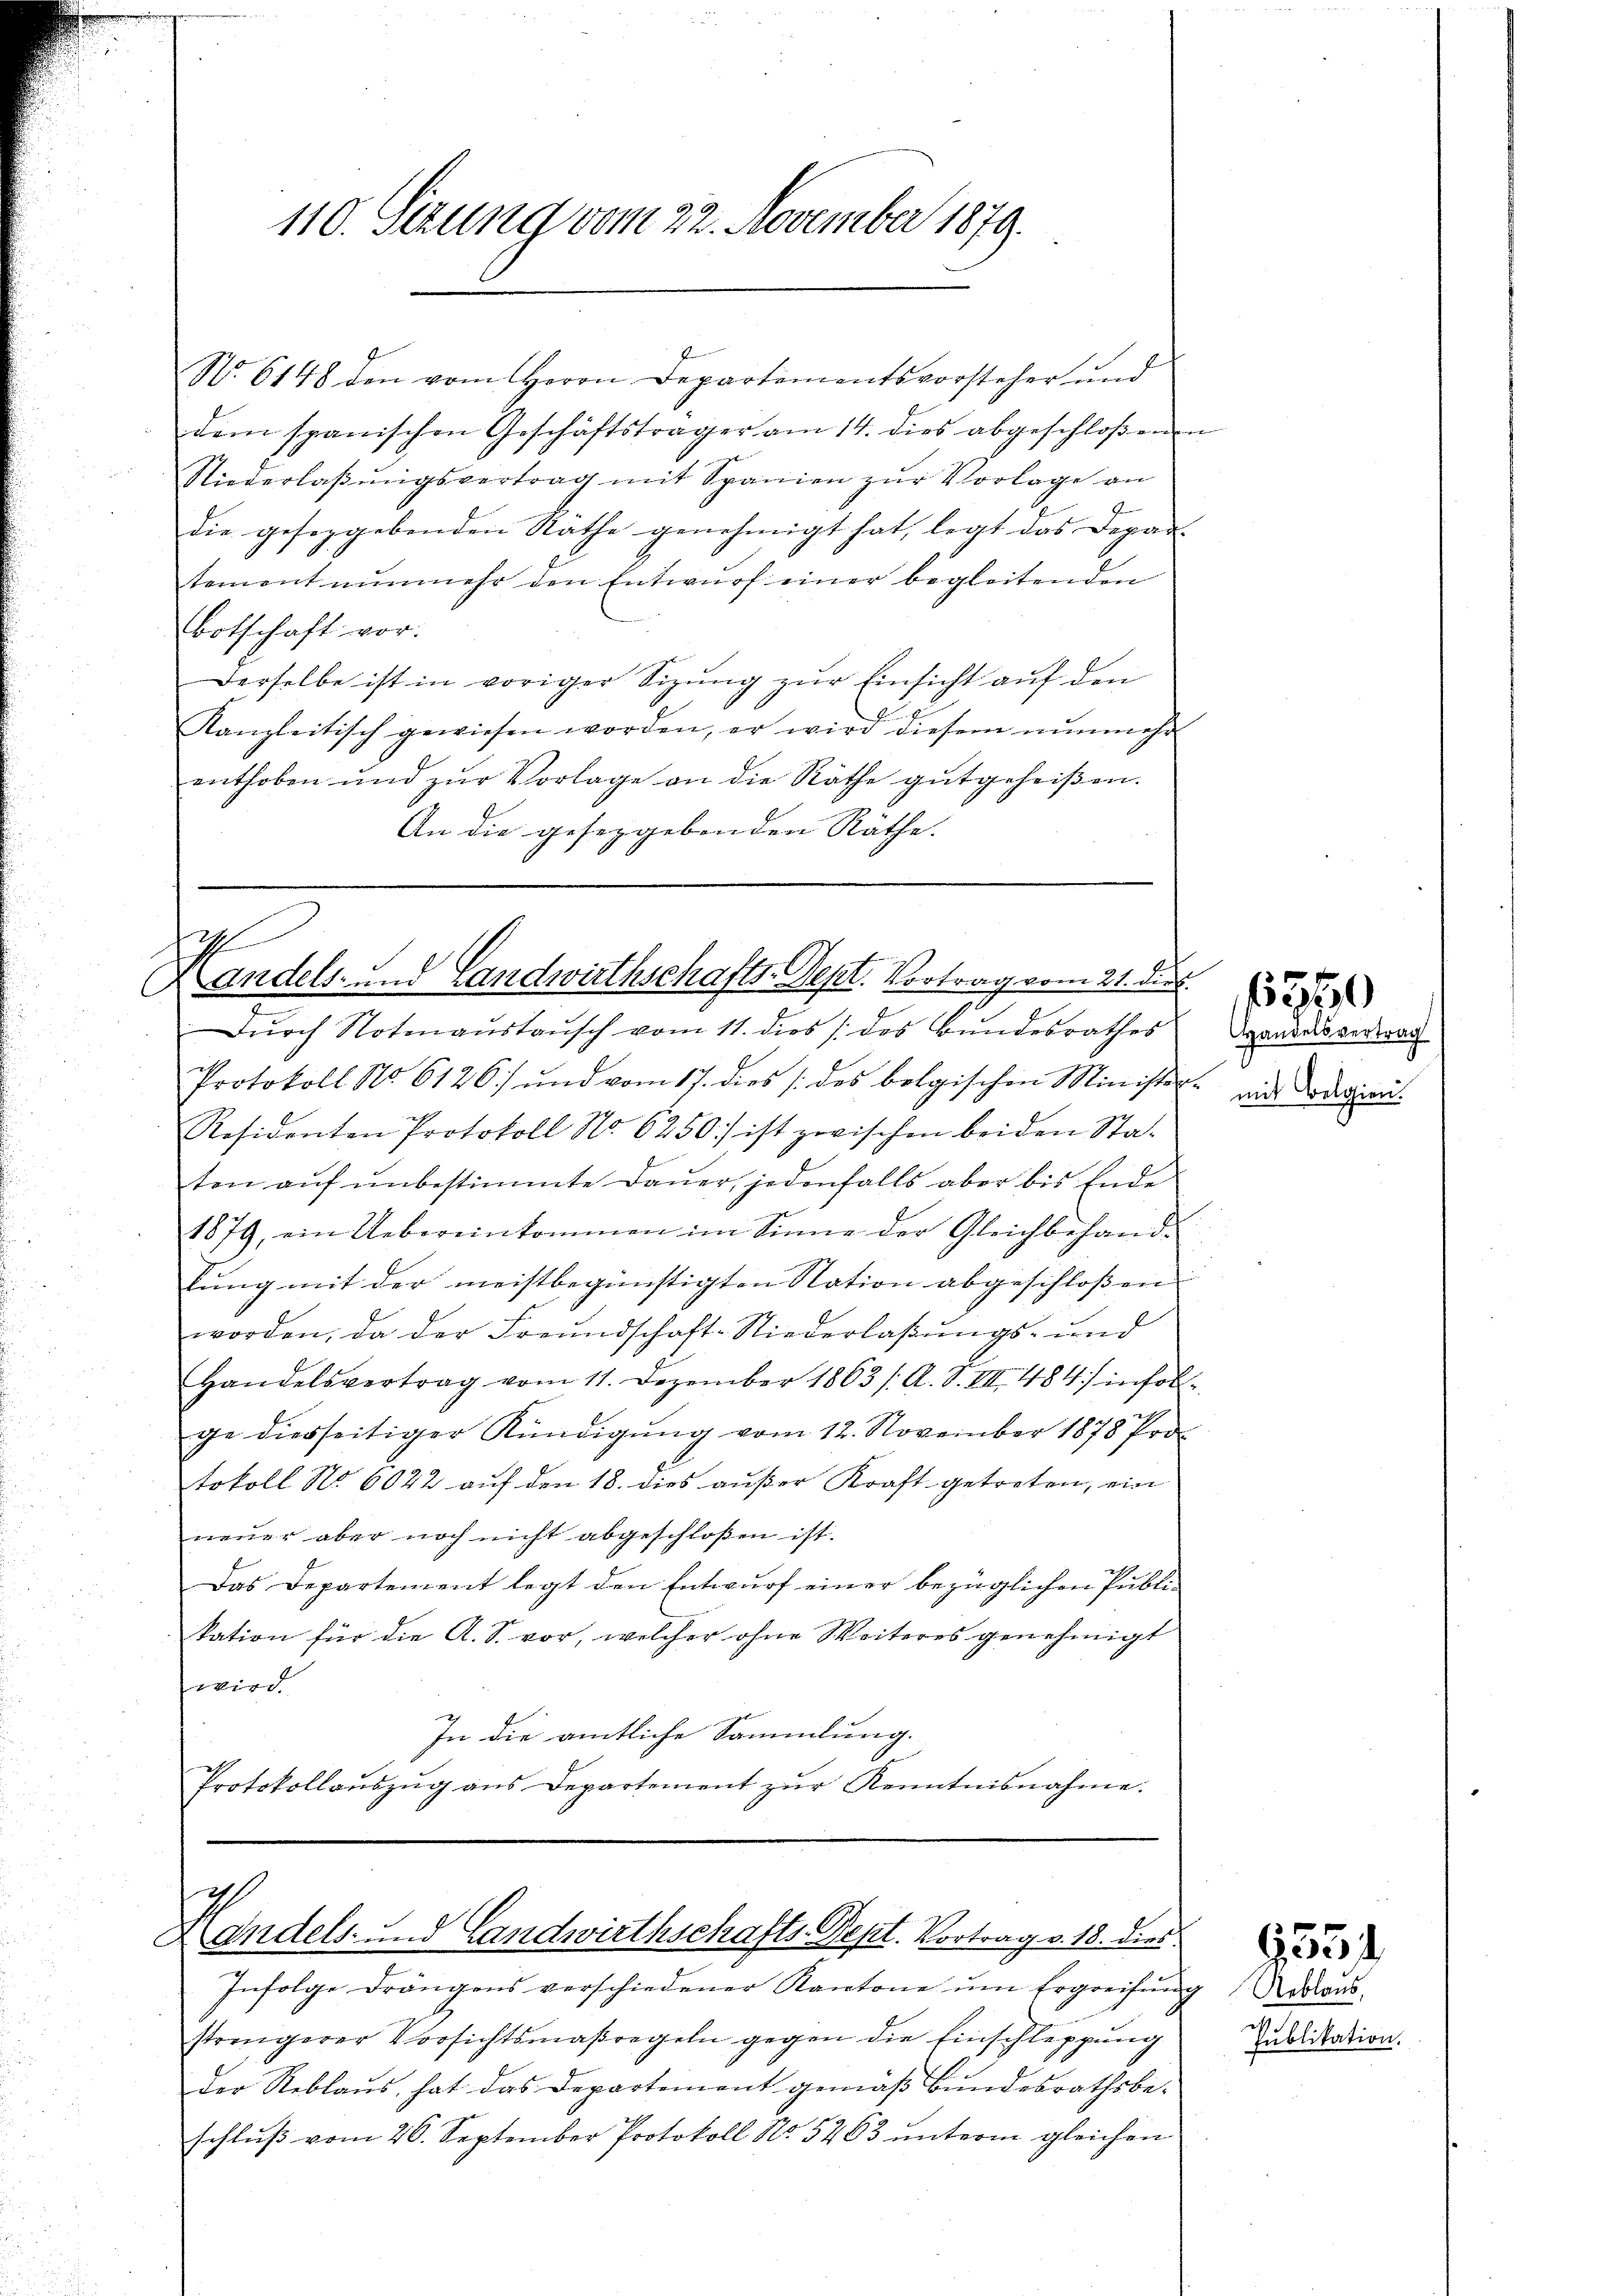
110. Setzung vom 22. November 1879.

N. 6148 den vom Herrn Departementsvorsteher und
dem spanischen Geschäftsträger am 14. dies abgeschloßenen
Niederlaβŭngsvertrag mit Spanien zŭr Vorlage an
die geseggebenden Räthe genehmigt hat, legt das Depar-
tement nŭnmehr den Entwŭrf einer begleitenden
Botschaft vor.
Derselbe ist in voriger Sizŭng zŭr Einsicht auf den
F.
Kanzleitisch gewiesen worden, er wird diesem nŭnmehr
enthoben und zŭr Vorlage an die Räthe gutgeheißen.
An die geseggebenden Räthe.

1
andels- und Landwirthschafts-Sept. Vortrag vom 21. die

Dŭrch Notenaustausch vom 11. dies /: des Bundesrathes
Protokoll No. 6126) und vom 17. dies des belgischen Minister-
Residenten Protokoll No 6250) ist zwischen beiden Staten aŭf ŭnbestimmte Daŭer, jedenfalls aber bis Ende
1879, ein Uebereinkommen im Sinne der Gleichbehand-
tung mit der meistbegünstigten Nation abgeschloßen
worden, da der Freundschaft-Niederlassŭngs- und
Handelsvertrag vom 11. Dezember 1863 / A. S. VIII 484) infolge diesseitiger Kündigŭng vom 12. November 1878 Pro
tokoll No 6022 auf den 18. dies außer Kraft getreten, ein
neuer aber noch nicht abgeschloßen ist.
Das Departement legt den Entwurf einer bezüglichen Publikation für die A. S. vor, welcher ohne Weiteres genehmigt
wird.
In die amtliche Sammlung.
Protokollaŭszŭg ans Departement zŭr Kenntnisnahme.

ch
Handels- und Landwirthschafts-Dept. Vortrag v. 18. dies
Infolge drängens verschiedener Kantone ŭm Ergreifŭng dans

strengerer Vorsichtsmaßregeln gegen die Einschleppung
Der Reblaus, hat das Departement gemäß Bundesrathsbeschlŭβ vom 26. September Protokoll No. 5263 ŭnterm gleichen

Handelsvertrag
mit Belgien.

Publikation.

6551